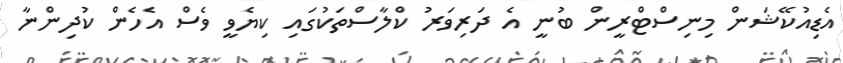
އެޑިއުކޭޝަން މިނިސްޓްރީން ބުނީ އެ ދަރިވަރު ކްލާސްތަކުގައި ކިޔެވީ ވެސް އެހެން ކުދިންނާ